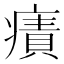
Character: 𤹠